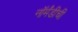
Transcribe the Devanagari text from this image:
नॉर्मंडीची